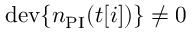
\mathrm { d e v } \{ n _ { \mathrm { P I } } ( t [ i ] ) \} \ne 0